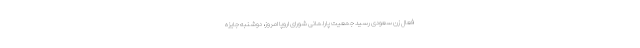
فعال زن سعودی رسید جمعیت پارلمانی شورای اروپا امروز، دوشنبه جایزه